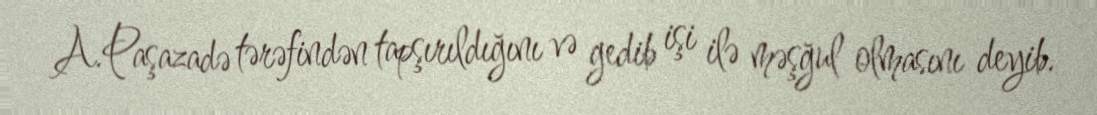
A.Paşazadə tərəfindən tapşırıldığını və gedib işi ilə məşğul olmasını deyib.